Vaccination in the Punjab 1905-1918 - 1905-1918
Year: 1905
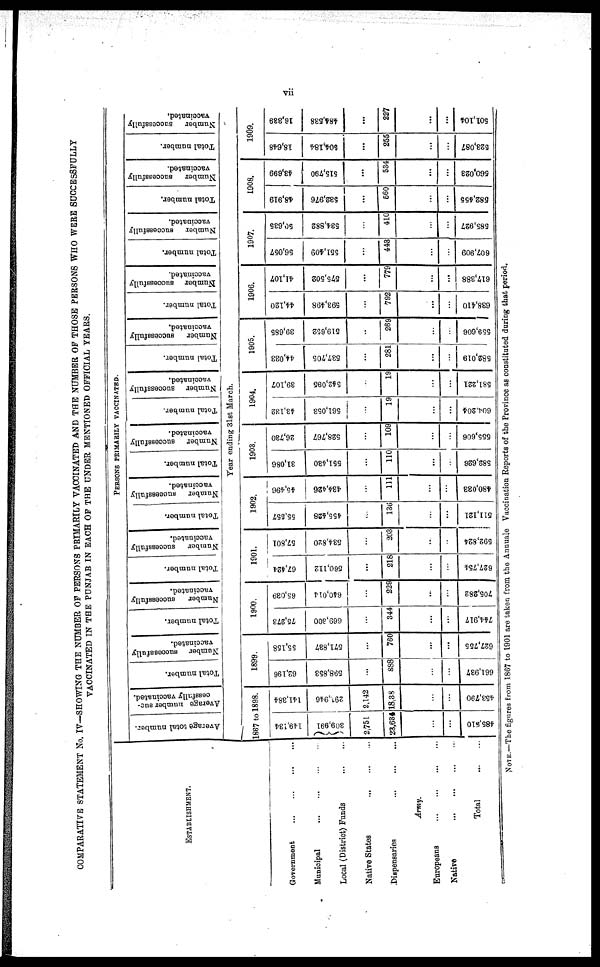
vii
COMPARATIVE STATEMENT No. IV—SHOWING THE NUMBER OF PERSONS PRIMARILY VACCINATED AND THE NUMBER OF THOSE PERSONS WHO WERE SUCCESSFULLY
VACCINATED IN THE PUNJAB IN EACH OF THE UNDER MENTIONED OFFICIAL YEARS.
ESTABLISHMENT.
Government ... ... ... ...
Municipal
... ... ... ...
Local (District) Funds
... ...
Native States
... ... ...
Dispensaries
... ... ...
Army.
Europeans
... ... ... ...
Native
... ... ... ...
Total
... ...
PERSONS PRIMARILY VACCINATED.
Average total number.
Average number suc-
cessfully vaccinated.
Total number.
Number
successfully
vaccinated.
Total number.
Number
successfully
vaccinated.
Total number.
Number
successfully
vaccinated.
Total number.
Number
successfully
vaccinated.
Total number.
Number successfully
vaccinated.
Total number.
Number
successfully
vaccinated.
Total number.
Number
successfully
vaccinated.
Total number.
Number
successfully
vaccinated.
Total number.
Number successfully
vaccinated.
Total number.
Number successfully
vaccinated.
Total number.
Number
successfully
vaccinated.
Year ending 31st March.
1867 to 1898.
119,184
309,991
2,751
23,634
...
...
485,510
141,384
291,946
2,142
18,38
...
...
453,790
1899.
62,196
598,853
...
888
...
...
661,937
55,158
571,837
...
760
...
...
627,755
1900
75,273
669,300
...
344
...
...
744,917
65,039
640,014
...
229
...
...
705,282
1901.
67,424
560,112
...
218
...
...
627,754
57,801
534,820
...
203
...
...
592,824
1902.
55,557
455,428
...
136
...
...
511,121
45,496
434,426
...
111
...
...
480,033
1903.
31,086
551,430
...
110
...
...
582,626
26,730
528,767
...
109
...
...
555,606
1904.
43,132
561,053
...
19
...
...
604,204
39,107
542,095
...
19
...
...
581,221
1905.
44,033
537,705
...
281
...
...
582,019
39,685
519,652
...
269
...
...
559,606
1906.
44,120
593,498
...
792
...
...
638,410
41,107
575,502
...
779
...
...
617,388
1907.
56,057
551,409
...
443
...
...
607,909
50,635
534,882
...
410
...
...
585,927
1908.
48,919
532,976
...
560
...
...
582,455
43,699
515,790
...
534
...
...
560,023
1909.
18,648
504,184
...
255
...
...
523,087
16,339
484,538
...
227
...
...
501,104
NOTE.—The figures from 1867 to 1901 are taken from the Annuale Vaccination Reports of the Province as constituted during that period.